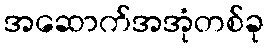
အဆောက်အအုံတစ်ခု